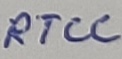
Text: RTCC